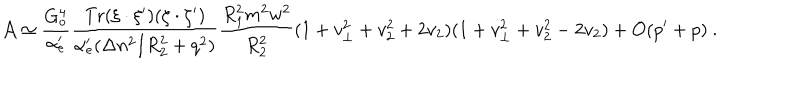
{ \cal A } \simeq \frac { G _ { o } ^ { 4 } } { \alpha _ { e } ^ { \prime } } \frac { \mathrm { T r } ( \xi \cdot \xi ^ { \prime } ) ( \zeta \cdot \zeta ^ { \prime } ) } { \alpha _ { e } ^ { \prime } ( \Delta n ^ { 2 } / R _ { 2 } ^ { 2 } + q ^ { 2 } ) } \frac { R _ { 1 } ^ { 2 } m ^ { 2 } w ^ { 2 } } { R _ { 2 } ^ { 2 } } ( 1 + v _ { \perp } ^ { 2 } + v _ { 2 } ^ { 2 } + 2 v _ { 2 } ) ( 1 + v _ { \perp } ^ { 2 } + v _ { 2 } ^ { 2 } - 2 v _ { 2 } ) + { \cal O } ( p ^ { \prime } + p ) ~ .